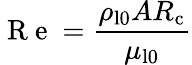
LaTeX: \mathrm{~R~e~}=\frac{\rho_{\mathrm{l0}}AR_{\mathrm{c}}}{\mu_{\mathrm{l0}}}